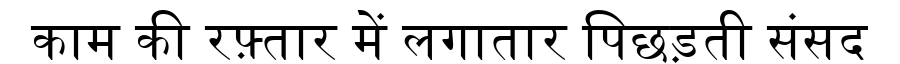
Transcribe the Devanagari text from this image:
काम की रफ़्तार में लगातार पिछड़ती संसद